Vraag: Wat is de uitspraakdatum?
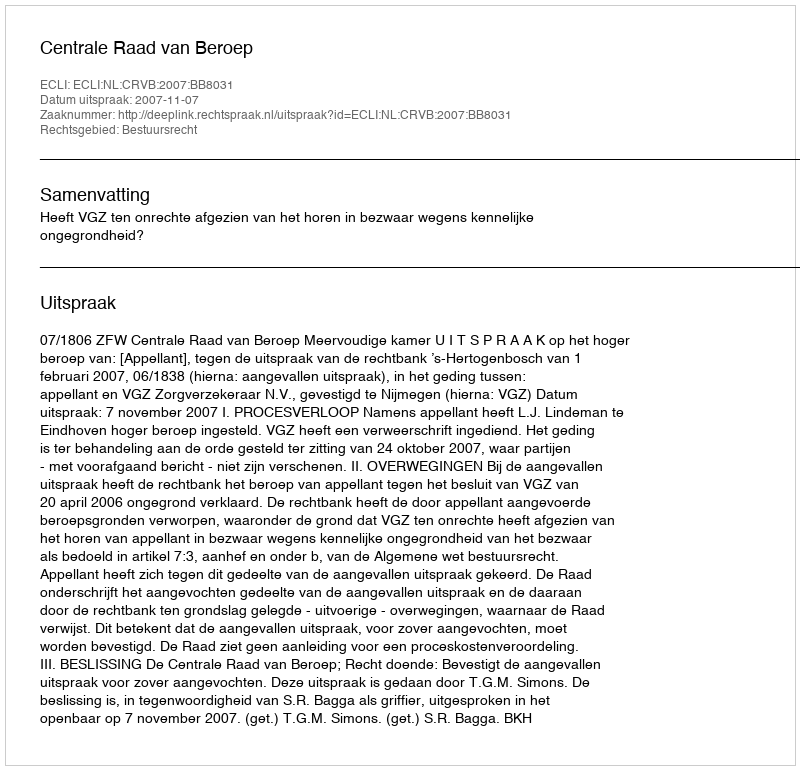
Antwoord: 2007-11-07